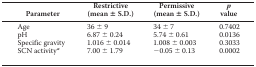
| Parameter | Restrictive (mean ± S.D.) | Permissive (mean ± S.D.) | p value |
 | --- | --- | --- | --- |
 | Age | 36 ± 9 | 34 ± 7 | 0.7402 |
 | pH | 6.87 ± 0.24 | 5.74 ± 0.61 | 0.0136 |
 | Specific gravity | 1.016 ± 0.014 | 1.008 ± 0.003 | 0.3033 |
 | SCN activitya | 7.00 ± 1.79 | −0.05 ± 0.13 | 0.0002 |